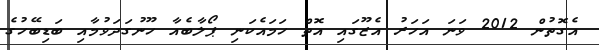
އެގޮތުން 2012 ވަނަ އަހަރު އެޒޫގައި އޮތް ހަމައެކަނި ޕޯލާބެއާ ހޫނުގަދަވުމާއި ބަޑިބޭހުގެ